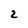
Character: 2